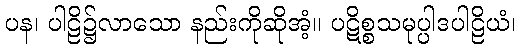
ပန၊ ပါဠိ၌လာသော နည်းကိုဆိုအံ့။ ပဋိစ္စသမုပ္ပါဒပါဠိယံ၊